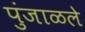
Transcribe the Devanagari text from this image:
पुंजाळले